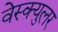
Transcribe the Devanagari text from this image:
वेस्क्युलर